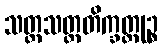
သတ္တသတ္တတိက္ခတ္တုဉ္စ